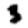
Digit: 3